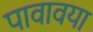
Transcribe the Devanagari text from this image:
पावावया